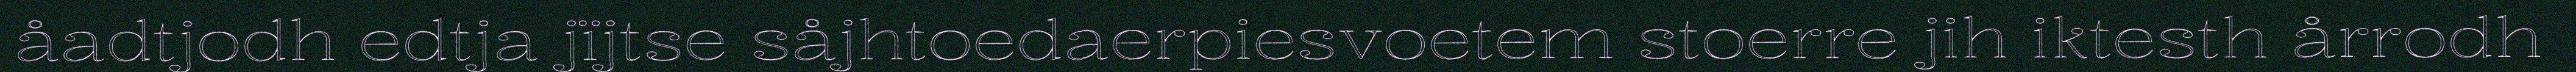
åadtjodh edtja jïjtse såjhtoedaerpiesvoetem stoerre jih iktesth årrodh